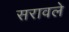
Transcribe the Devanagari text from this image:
सरावले